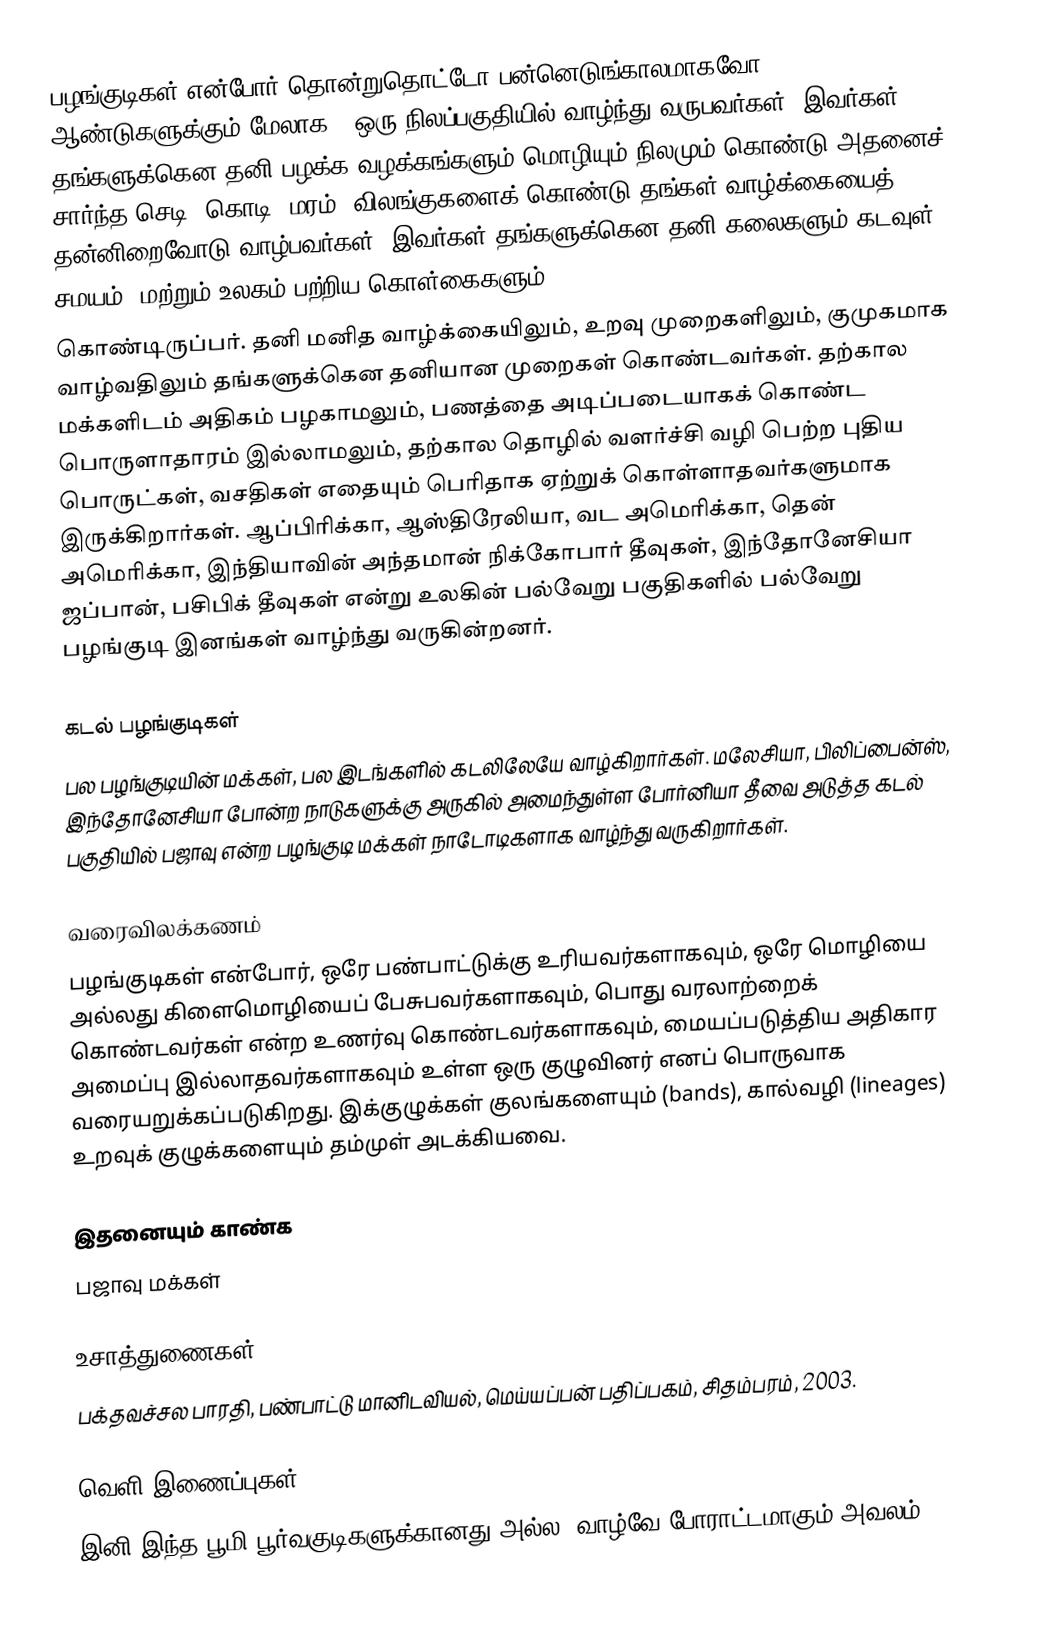
பழங்குடிகள் என்போர் தொன்றுதொட்டோ பன்னெடுங்காலமாகவோ (10,000 ஆண்டுகளுக்கும் மேலாக), ஒரு நிலப்பகுதியில் வாழ்ந்து வருபவர்கள். இவர்கள் தங்களுக்கென தனி பழக்க வழக்கங்களும் மொழியும் நிலமும் கொண்டு அதனைச் சார்ந்த செடி, கொடி, மரம், விலங்குகளைக் கொண்டு தங்கள் வாழ்க்கையைத் தன்னிறைவோடு வாழ்பவர்கள். இவர்கள் தங்களுக்கென தனி கலைகளும் கடவுள், சமயம், மற்றும் உலகம் பற்றிய கொள்கைகளும்
கொண்டிருப்பர். தனி மனித வாழ்க்கையிலும், உறவு முறைகளிலும், குமுகமாக வாழ்வதிலும் தங்களுக்கென தனியான முறைகள் கொண்டவர்கள். தற்கால மக்களிடம் அதிகம் பழகாமலும், பணத்தை அடிப்படையாகக் கொண்ட பொருளாதாரம் இல்லாமலும், தற்கால தொழில் வளர்ச்சி வழி பெற்ற புதிய பொருட்கள், வசதிகள் எதையும் பெரிதாக ஏற்றுக் கொள்ளாதவர்களுமாக இருக்கிறார்கள். ஆப்பிரிக்கா, ஆஸ்திரேலியா, வட அமெரிக்கா, தென் அமெரிக்கா, இந்தியாவின் அந்தமான் நிக்கோபார் தீவுகள், இந்தோனேசியா ஜப்பான், பசிபிக் தீவுகள் என்று உலகின் பல்வேறு பகுதிகளில் பல்வேறு பழங்குடி இனங்கள் வாழ்ந்து வருகின்றனர்.

கடல் பழங்குடிகள்
பல பழங்குடியின் மக்கள், பல இடங்களில் கடலிலேயே வாழ்கிறார்கள். மலேசியா, பிலிப்பைன்ஸ், இந்தோனேசியா போன்ற நாடுகளுக்கு அருகில் அமைந்துள்ள போர்னியா தீவை அடுத்த கடல் பகுதியில் பஜாவு என்ற பழங்குடி மக்கள் நாடோடிகளாக வாழ்ந்து வருகிறார்கள்.

வரைவிலக்கணம்
பழங்குடிகள் என்போர், ஒரே பண்பாட்டுக்கு உரியவர்களாகவும், ஒரே மொழியை அல்லது கிளைமொழியைப் பேசுபவர்களாகவும், பொது வரலாற்றைக் கொண்டவர்கள் என்ற உணர்வு கொண்டவர்களாகவும், மையப்படுத்திய அதிகார அமைப்பு இல்லாதவர்களாகவும் உள்ள ஒரு குழுவினர் எனப் பொருவாக வரையறுக்கப்படுகிறது. இக்குழுக்கள் குலங்களையும் (bands), கால்வழி (lineages) உறவுக் குழுக்களையும் தம்முள் அடக்கியவை.

இதனையும் காண்க
 பஜாவு மக்கள்

உசாத்துணைகள்
 பக்தவச்சல பாரதி, பண்பாட்டு மானிடவியல், மெய்யப்பன் பதிப்பகம், சிதம்பரம், 2003.

வெளி இணைப்புகள்
 இனி இந்த பூமி பூர்வகுடிகளுக்கானது அல்ல? வாழ்வே போராட்டமாகும் அவலம்